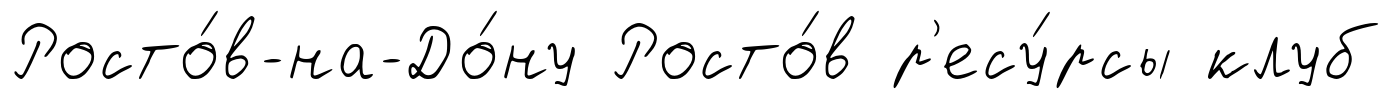
Росто́в-на-До́ну Росто́в р'есу́рсы клуб